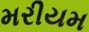
મરીયમ